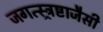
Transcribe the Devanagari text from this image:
जगत्स्त्र्रष्टाजैसी